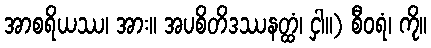
အာစရိယဿ၊ အား။ အပစိတိဒဿနတ္ထံ၊ ငှါ။) စီဝရံ၊ ကို။